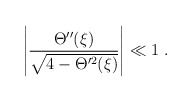
\begin{align*}\left|\frac{\Theta''(\xi)}{\sqrt{4-\Theta^{\prime2}(\xi)}}\right|\ll1\ .\end{align*}